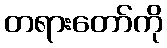
တရားတော်ကို